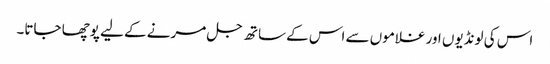
اس کی لونڈیوں اور غلاموں سے اس کے ساتھ جل مرنے کے لیے پوچھا جاتا۔